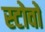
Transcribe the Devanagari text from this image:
स्टोवों